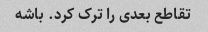
تقاطع بعدی را ترک کرد. باشه